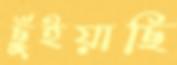
ছুঁইয়াছি